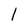
Character: l